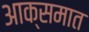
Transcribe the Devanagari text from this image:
आक्समात